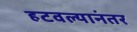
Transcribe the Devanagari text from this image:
हटवल्यानंतर